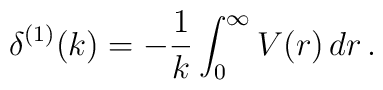
\delta^{(1)}(k) = -\frac{1}{k} \int_0^\infty V(r)\, dr\, .